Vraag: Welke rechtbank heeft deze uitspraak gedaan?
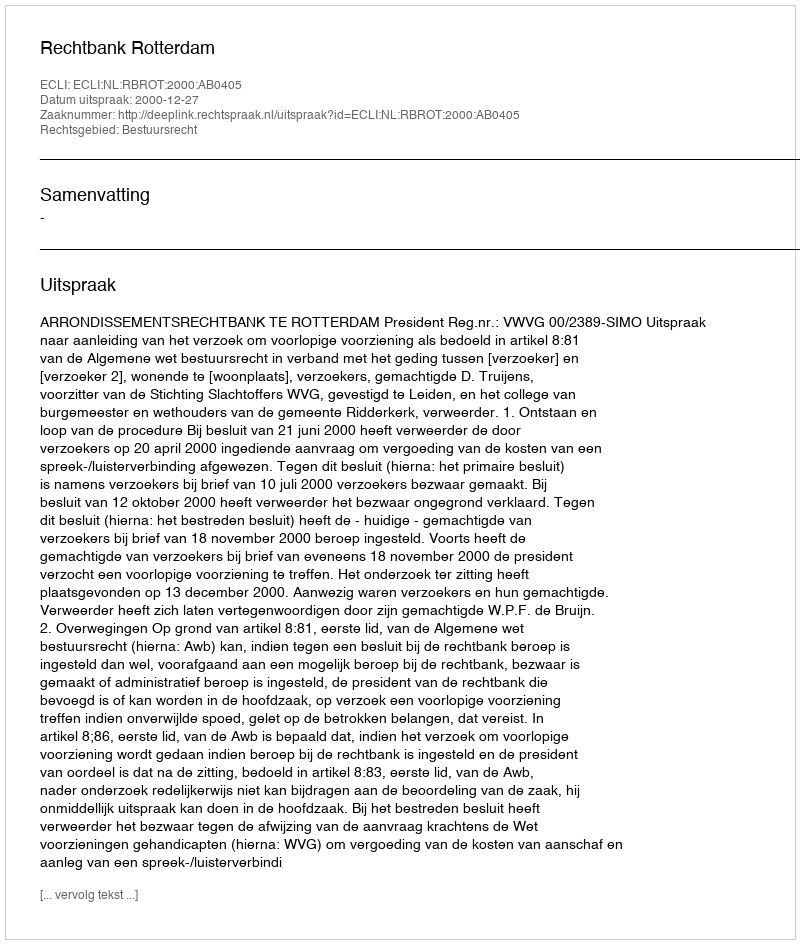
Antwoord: Rechtbank Rotterdam